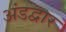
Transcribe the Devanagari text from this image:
अंडद्वार